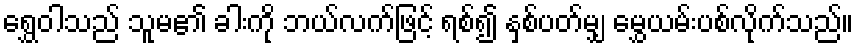
ရွှေဝါသည် သူမ၏ ခါးကို ဘယ်လက်ဖြင့် ရစ်၍ နှစ်ပတ်မျှ မွှေယမ်းပစ်လိုက်သည်။